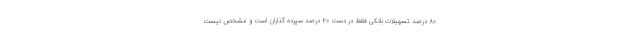
۸۰ درصد تسهیلات بانکی فقط در دست ۲۰ درصد سپرده گذاران است و مشخص نیست